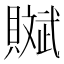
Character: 𧸔